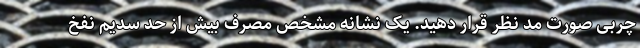
چربی صورت مد نظر قرار دهید. یک نشانه مشخص مصرف بیش از حد سدیم نفخ